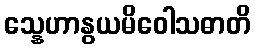
သ္နေဟာနွယမိဝေါသဓာတိ